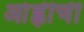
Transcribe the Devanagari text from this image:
आंह्वीची